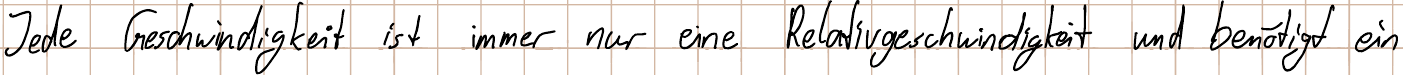
Jede Geschwindigkeit ist immer nur eine Relativgeschwindigkeit und benötigt ein